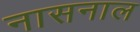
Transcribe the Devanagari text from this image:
नासनाल